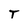
Character: T